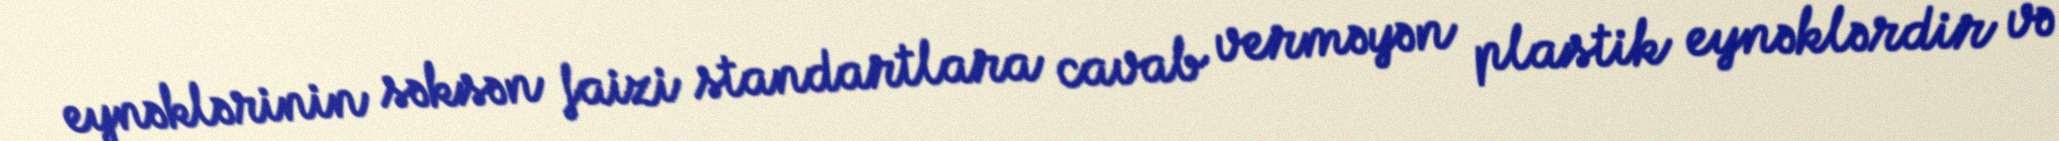
eynəklərinin səksən faizi standartlara cavab verməyən plastik eynəklərdir və